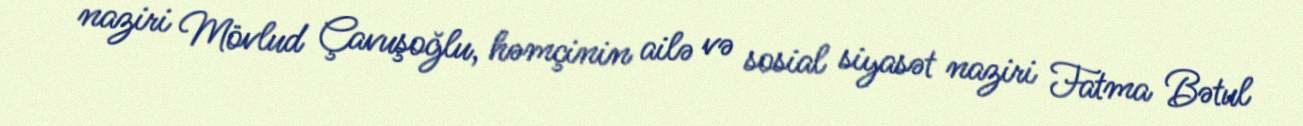
naziri Mövlud Çavuşoğlu, həmçinin ailə və sosial siyasət naziri Fatma Bətul